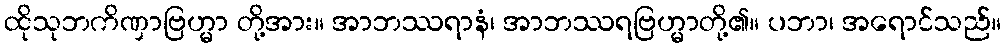
ထိုသုဘကိဏှာဗြဟ္မာ တို့အား။ အာဘဿရာနံ၊ အာဘဿရဗြဟ္မာတို့၏။ ပဘာ၊ အရောင်သည်။